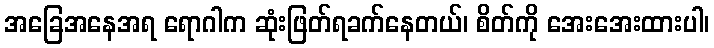
အခြေအနေအရ ရောဂါက ဆုံးဖြတ်ရခက်နေတယ်၊ စိတ်ကို အေးအေးထားပါ၊